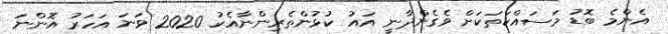
އެންމެ ބޮޑު މަސައްކަތަކަށް ވެގެންދާނީ އައު ކުޅުންތެރިންނާއެކު 2020 ވަނަ އަހަރު އޮންނަ